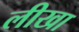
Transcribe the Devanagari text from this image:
लीखा